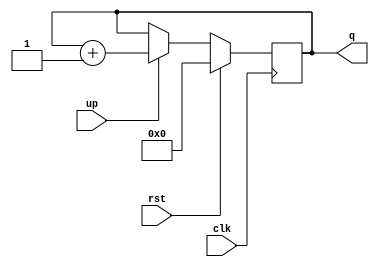
`timescale 1ns / 1ps
//////////////////////////////////////////////////////////////////////////////////
// Company: 
// Engineer: 
// 
// Design Name: 
// Module Name:    contador 
// Project Name: 
// Target Devices: 
// Tool versions: 
// Description: 
//
// Dependencies: 
//
// Revision: 
// Revision 0.01 - File Created
// Additional Comments: 
//
//////////////////////////////////////////////////////////////////////////////////
module contador_up(
	input clk,
	input rst,
   input up,
	output reg [31:0] q
    );
	 
 always @(posedge clk)
	begin
	if (rst == 1)
		q<=0;
	else 
		if(up == 1)
			q<=q+1;
	end


endmodule